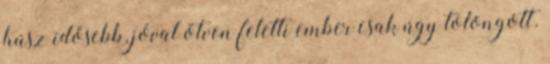
húsz idősebb, jóval ötven feletti ember csak úgy tolongott.